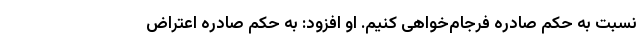
نسبت به حکم صادره فرجام‌خواهی کنیم. او افزود: به حکم صادره اعتراض